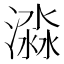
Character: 𣾜